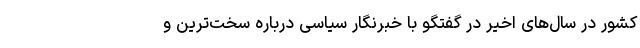
کشور در سال‌های اخیر در گفتگو با خبرنگار سیاسی درباره سخت‌ترین و